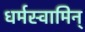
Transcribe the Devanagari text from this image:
धर्मस्वामिन्